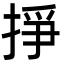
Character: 掙